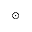
_ { \odot }